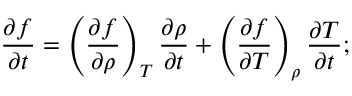
\frac { \partial f } { \partial t } = \left( \frac { \partial f } { \partial \rho } \right) _ { T } \frac { \partial \rho } { \partial t } + \left( \frac { \partial f } { \partial T } \right) _ { \rho } \frac { \partial T } { \partial t } ;